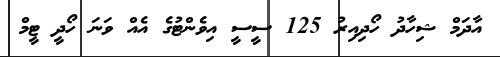
އާދަމް ޝިހާދު ހޯދިއިރު 125 ސީސީ އިވެންޓުގެ އެއް ވަނަ ހޯދީ ޓީމް